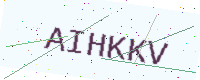
Text: AIHKKV